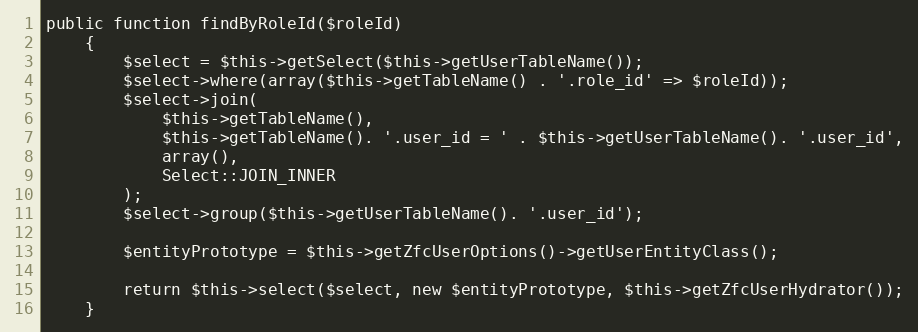
Language: PHP
public function findByRoleId($roleId)
    {
        $select = $this->getSelect($this->getUserTableName());
        $select->where(array($this->getTableName() . '.role_id' => $roleId));
        $select->join(
            $this->getTableName(),
            $this->getTableName(). '.user_id = ' . $this->getUserTableName(). '.user_id',
            array(),
            Select::JOIN_INNER
        );
        $select->group($this->getUserTableName(). '.user_id');

        $entityPrototype = $this->getZfcUserOptions()->getUserEntityClass();

        return $this->select($select, new $entityPrototype, $this->getZfcUserHydrator());
    }